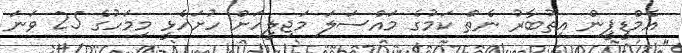
އެމްޑީޕީން އިތުބާރު ނެތް ކަމުގެ މައްސަލަ މަޖިލީހަށް ހުށަހެޅީ މިމަހުގެ 25 ވަނަ